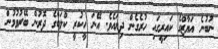
ނުބުނެ އަޔާޒްގެ ކައިރީގައި ހުރެގެން ދިޔައެވެ. އޭނަ ހީކުރީ ކްލަބްގެ ދޮރުން ބޭރުވުމުން